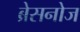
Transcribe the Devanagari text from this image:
ब्रेसनोज